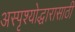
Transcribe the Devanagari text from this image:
अस्पृश्योद्धारासाठी